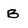
Character: B